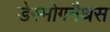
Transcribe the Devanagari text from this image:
डेस्मोगनैथस